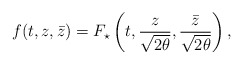
\begin{align*}f(t,z,\bar{z})=F_{\star}\left(t,\frac{z}{\sqrt{2\theta}},\frac{\bar{z}}{\sqrt{2\theta}}\right),\end{align*}